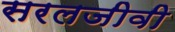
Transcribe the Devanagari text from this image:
सरलजीवी